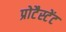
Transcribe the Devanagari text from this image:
प्रोटैस्टेंट